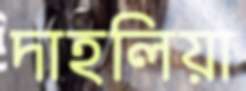
দাহলিয়া